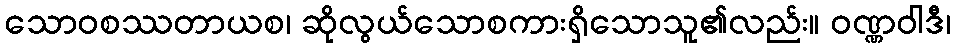
သောဝစဿတာယစ၊ ဆိုလွယ်သောစကားရှိသောသူ၏လည်း။ ဝဏ္ဏဝါဒီ၊